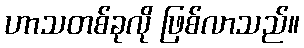
ဟာသတစ်ခုလို ဖြစ်လာသည်။